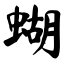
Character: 蝴